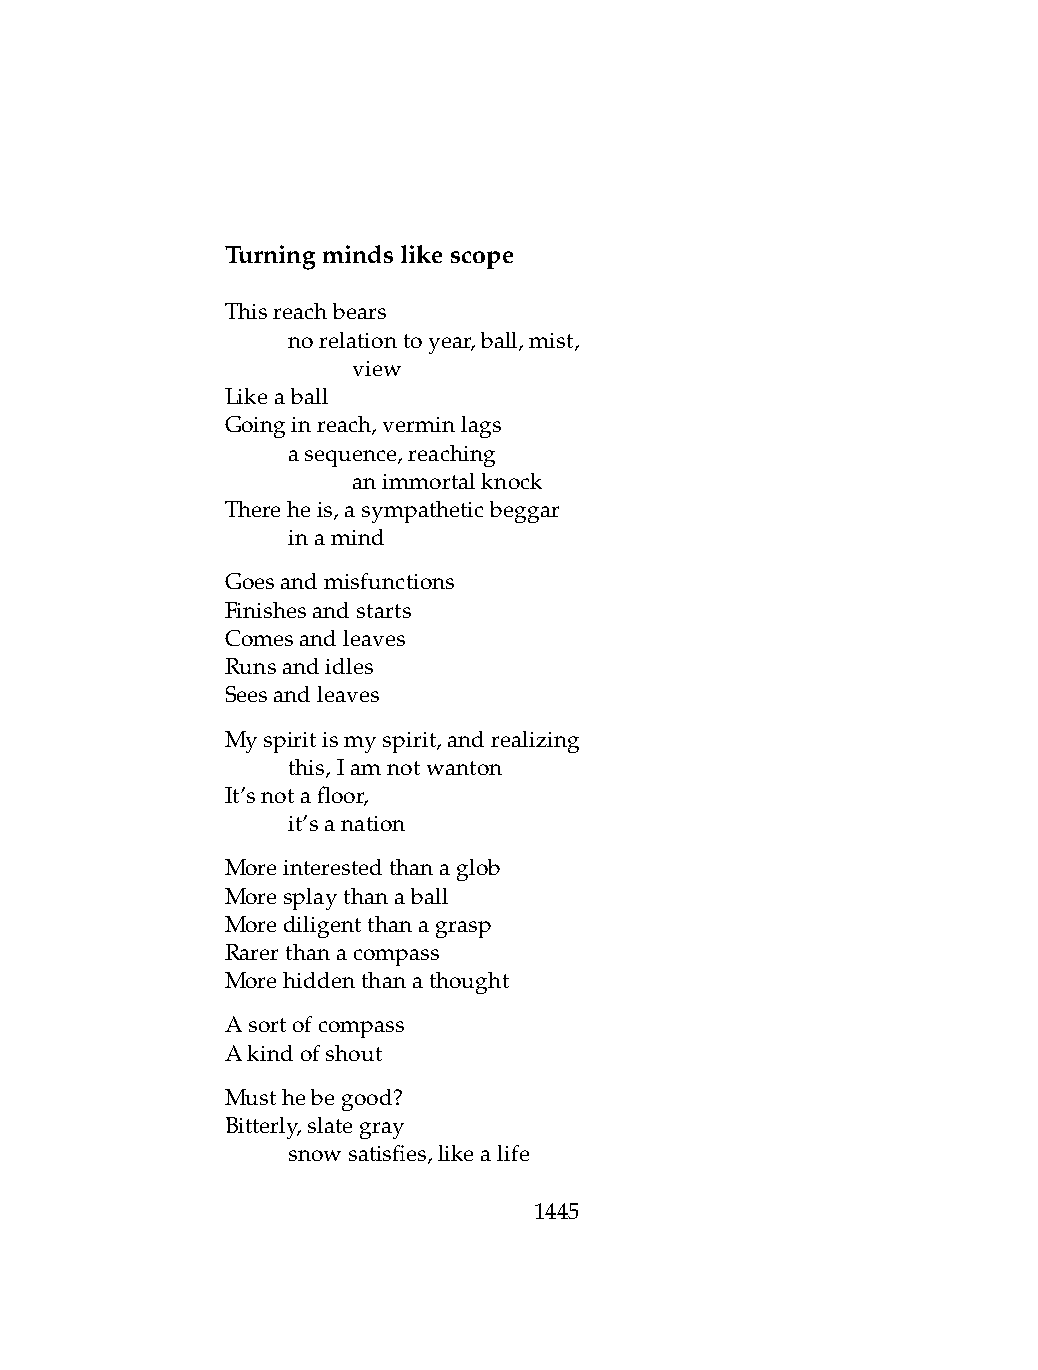
Turningmindslikescope
 Thisreachbears
 .   norelationtoyear,ball,mist,
 .   .   view
 Likeaball
 Goinginreach,verminlags
 .   asequence,reaching
 .   .   animmortalknock
 Thereheis,asympatheticbeggar
 .   inamind
 Goesandmisfunctions
 Finishesandstarts
 Comesandleaves
 Runsandidles
 Seesandleaves
 Myspiritismyspirit,andrealizing
 .   this,Iamnotwanton
 It’snotafloor,
 .   it’sanation
 Moreinterestedthanaglob
 Moresplaythanaball
 Morediligentthanagrasp
 Rarerthanacompass
 Morehiddenthanathought
 Asortofcompass
 Akindofshout
 Musthebegood?
 Bitterly,slategray
 .   snowsatisfies,likealife
 1445